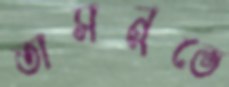
তাসনুভে